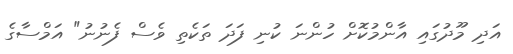
އަދި މޫދުގައި އާންމުކޮށް ހުންނަ ކުނި ފަދަ ތަކެތި ވެސް ފެނުނު" އަމްސާގެ